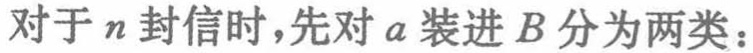
对于\(n\)封信时,先对\(a\)装进\(B\)分为两类：